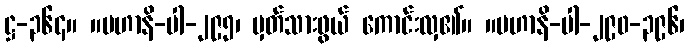
ဋ္ဌ-၃၆၄။ ။မဟာနိ-ပါ-၂၉၅၊ မှတ်သားဖွယ် ကောင်းလှ၏။ ။မဟာနိ-ပါ-၂၉၀-၃၉၆၊